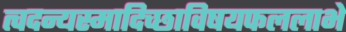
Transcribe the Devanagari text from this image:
त्वदन्यस्मादिच्छाविषयफललाभे